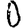
Digit: 0